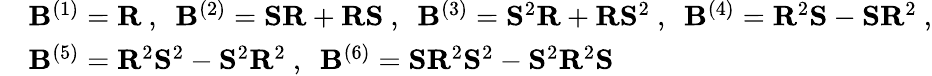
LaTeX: \begin{array}{r}{\begin{array}{rl}&{{\mathbf{B}}^{(1)}={\mathbf{R}}\ ,\ \ {\mathbf{B}}^{(2)}={\mathbf{S}}{\mathbf{R}}+{\mathbf{R}}{\mathbf{S}}\ ,\ \ {\mathbf{B}}^{(3)}={\mathbf{S}}^{2}{\mathbf{R}}+{\mathbf{R}}{\mathbf{S}}^{2}\ ,\ \ {\mathbf{B}}^{(4)}={\mathbf{R}}^{2}{\mathbf{S}}-{\mathbf{S}}{\mathbf{R}}^{2}\ ,}\\ &{{\mathbf{B}}^{(5)}={\mathbf{R}}^{2}{\mathbf{S}}^{2}-{\mathbf{S}}^{2}{\mathbf{R}}^{2}\ ,\ \ {\mathbf{B}}^{(6)}={\mathbf{S}}{\mathbf{R}}^{2}{\mathbf{S}}^{2}-{\mathbf{S}}^{2}{\mathbf{R}}^{2}{\mathbf{S}}}\end{array}}\end{array}